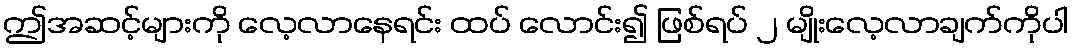
ဤအဆင့်များကို လေ့လာနေရင်း ထပ် လောင်း၍ ဖြစ်ရပ် ၂ မျိုးလေ့လာချက်ကိုပါ